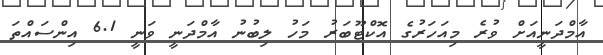
އާމްދަނީއަށް ވުރެ މިއަހަރުގެ އޮކްޓޫބަރު މަހު ލިބުނު އާމްދަނީ ވަނީ 6.1 އިންސައްތަ